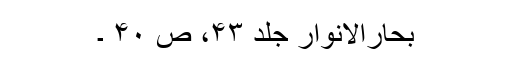
بحارالانوار جلد ۴۳، ص ۴۰ ۔